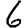
Digit: 6